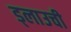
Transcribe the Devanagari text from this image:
ड्लाउची